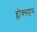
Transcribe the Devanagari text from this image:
ब्लोक्सहम